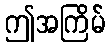
ဤအကြိမ်